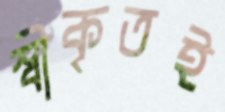
স্বীকৃতই